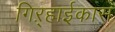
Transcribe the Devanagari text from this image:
गिऱ्हाईकास